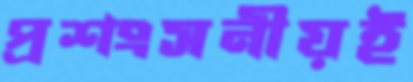
প্রশংসনীয়ই